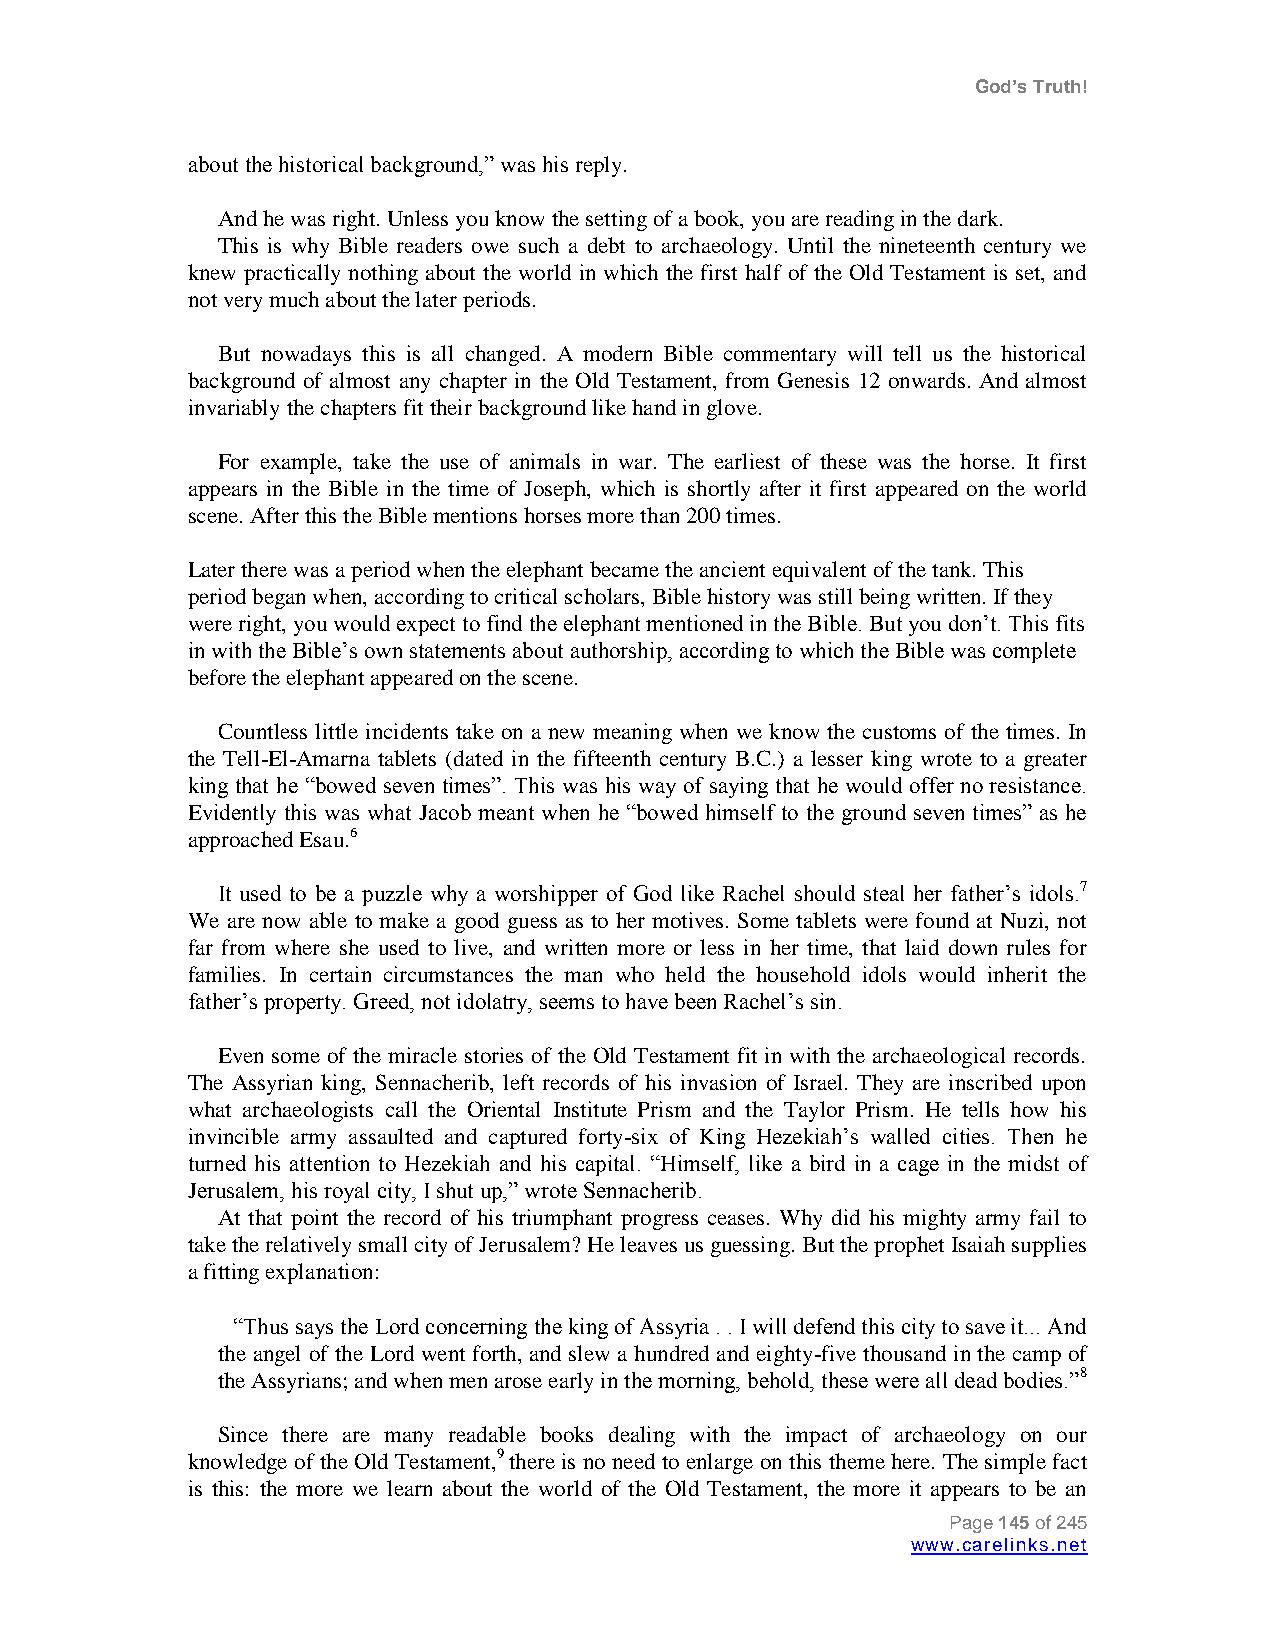
God’s Truth!
 about the historical background,” was his reply.
 And he was right. Unless you know the setting of a book, you are reading in the dark.
 This is why Bible readers owe such a debt to archaeology. Until the nineteenth century we
 knew practically nothing about the world in which the first half of the Old Testament is set, and
 not very much about the later periods.
 But nowadays this is all changed. A modern Bible commentary will tell us the historical
 background of almost any chapter in the Old Testament, from Genesis 12 onwards. And almost
 invariably the chapters fit their background like hand in glove.
 For example, take the use of animals in war. The earliest of these was the horse. It first
 appears in the Bible in the time of Joseph, which is shortly after it first appeared on the world
 scene. After this the Bible mentions horses more than 200 times.
 Later there was a period when the elephant became the ancient equivalent of the tank. This
 period began when, according to critical scholars, Bible history was still being written. If they
 were right, you would expect to find the elephant mentioned in the Bible. But you don‟t. This fits
 in with the Bible‟s own statements about authorship, according to which the Bible was complete
 before the elephant appeared on the scene.
 Countless little incidents take on a new meaning when we know the customs of the times. In
 the Tell-El-Amarna tablets (dated in the fifteenth century B.C.) a lesser king wrote to a greater
 king that he “bowed seven times”. This was his way of saying that he would offer no resistance.
 Evidently this was what Jacob meant when he “bowed himself to the ground seven times” as he
 approached Esau.6
 It used to be a puzzle why a worshipper of God like Rachel should steal her father‟s idols.7
 We are now able to make a good guess as to her motives. Some tablets were found at Nuzi, not
 far from where she used to live, and written more or less in her time, that laid down rules for
 families. In certain circumstances the man who held the household idols would inherit the
 father‟s property. Greed, not idolatry, seems to have been Rachel‟s sin.
 Even some of the miracle stories of the Old Testament fit in with the archaeological records.
 The Assyrian king, Sennacherib, left records of his invasion of Israel. They are inscribed upon
 what archaeologists call the Oriental Institute Prism and the Taylor Prism. He tells how his
 invincible army assaulted and captured forty-six of King Hezekiah‟s walled cities. Then he
 turned his attention to Hezekiah and his capital. “Himself, like a bird in a cage in the midst of
 Jerusalem, his royal city, I shut up,” wrote Sennacherib.
 At that point the record of his triumphant progress ceases. Why did his mighty army fail to
 take the relatively small city of Jerusalem? He leaves us guessing. But the prophet Isaiah supplies
 a fitting explanation:
 “Thus says the Lord concerning the king of Assyria . . I will defend this city to save it... And
 the angel of the Lord went forth, and slew a hundred and eighty-five thousand in the camp of
 the Assyrians; and when men arose early in the morning, behold, these were all dead bodies.”8
 Since there are many readable books dealing with the impact of archaeology on our
 knowledge of the Old Testament,9 there is no need to enlarge on this theme here. The simple fact
 is this: the more we learn about the world of the Old Testament, the more it appears to be an
 Page 145 of 245
 www.carelinks.net